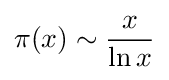
\pi (x)\sim {\frac {x}{\ln x}}